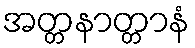
အတ္တနာတ္တာနံ